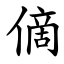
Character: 㒀